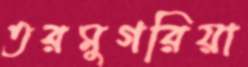
তরমুগরিয়া